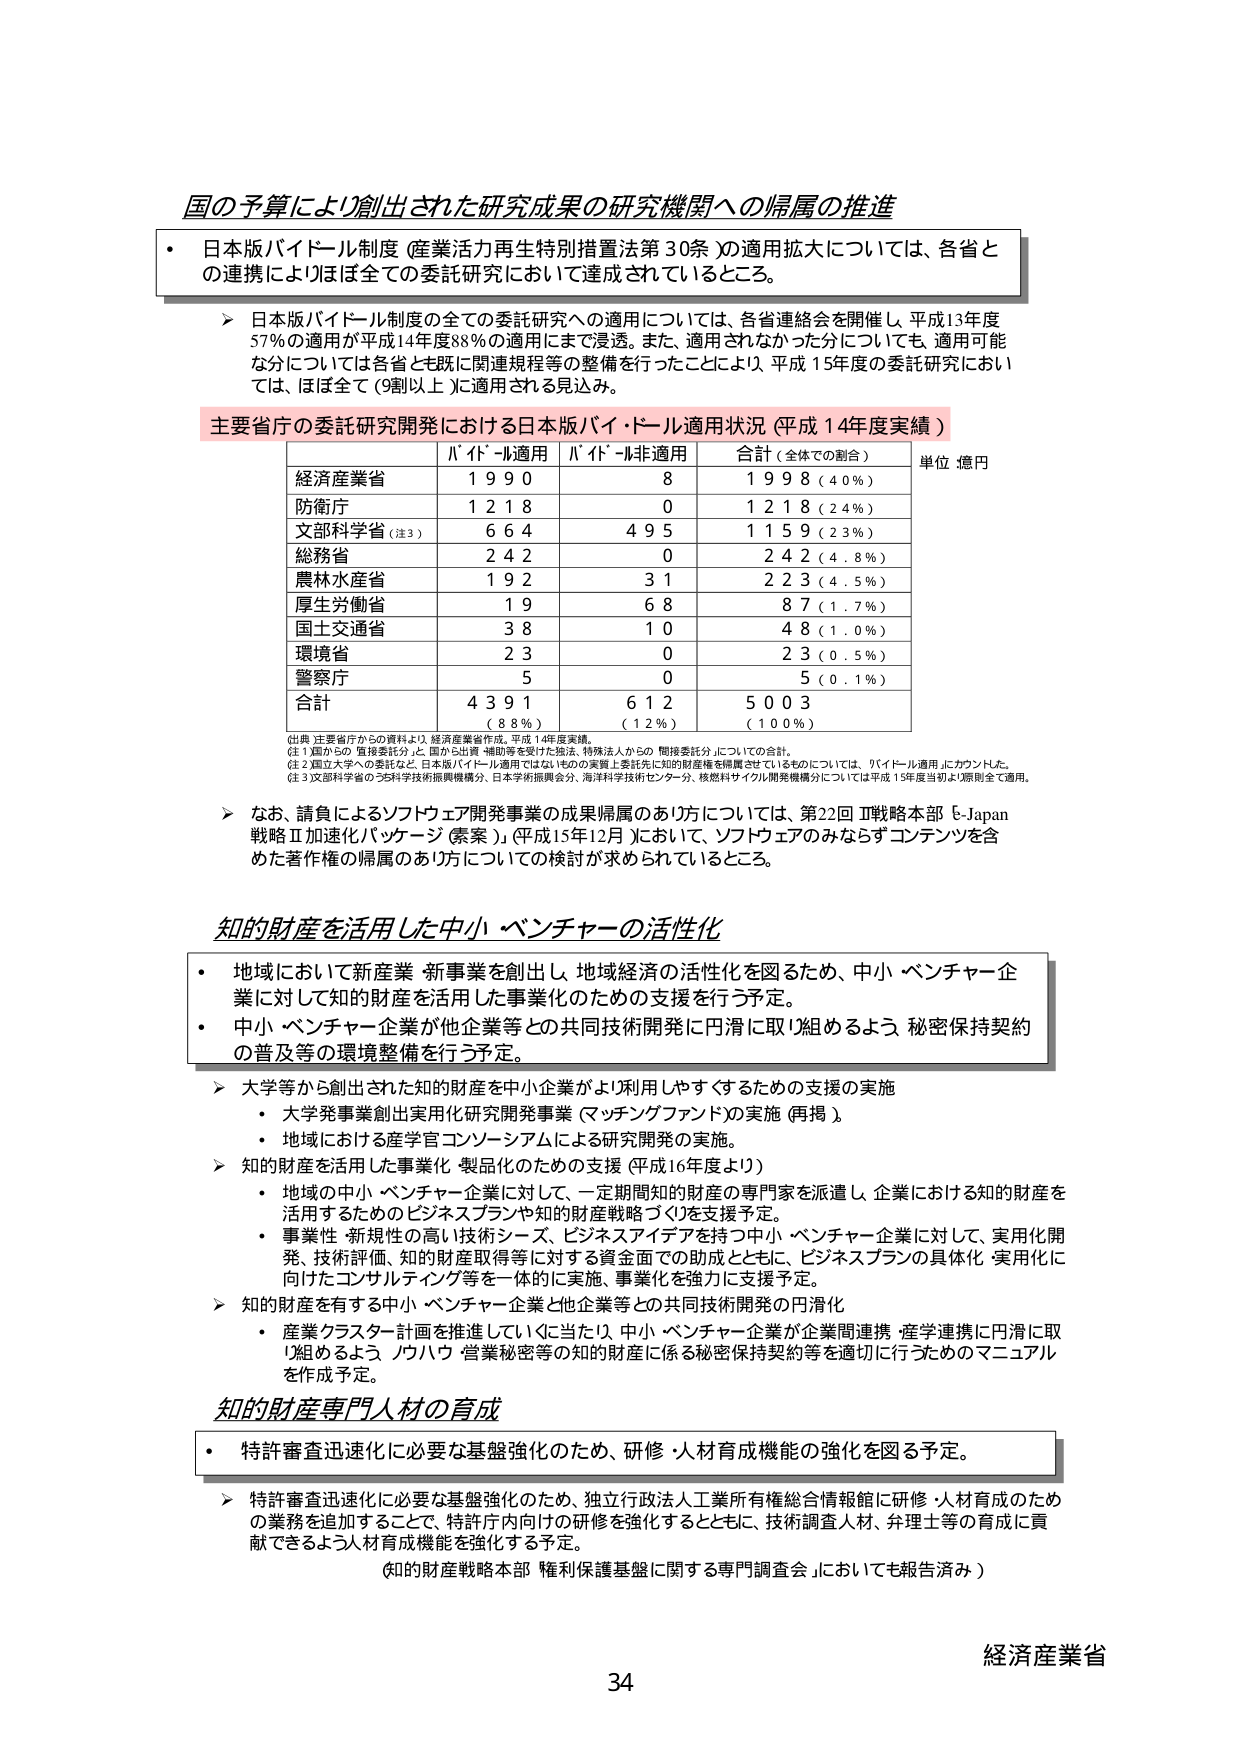
国の予算により創出された研究成果の研究機関への帰属の推進

・ 日本版バイドール制度（産業活力再生特別措置法第30条）の適用拡大については、各省との連携によりほぼ全ての委託研究において達成されているところ。

＞ 日本版バイドール制度の全ての委託研究への適用については、各省連絡会を開催し、平成13年度57％の適用が平成14年度88％の適用にまで浸透。また、適用されなかった分についても、適用可能な分については各省と既に関連規程等の整備を行ったことにより、平成15年度の委託研究においては、ほぼ全て（9割以上）に適用される見込み。

主要省庁の委託研究開発における日本版バイドール適用状況（平成14年度実績）

| | バイドール適用 | バイドール非適用 | 合計（全体での割合） | 単位：億円 |
|---|---|---|---|---|
| 経済産業省 | 1990 | 8 | 1998（4.0％） | |
| 防衛庁 | 1218 | 0 | 1218（2.4％） | |
| 文部科学省（注3） | 664 | 495 | 1159（2.3％） | |
| 総務省 | 242 | 0 | 242（4.8％） | |
| 農林水産省 | 192 | 31 | 223（4.5％） | |
| 厚生労働省 | 19 | 68 | 87（1.7％） | |
| 国土交通省 | 38 | 10 | 48（1.0％） | |
| 環境省 | 23 | 0 | 23（0.5％） | |
| 警察庁 | 5 | 0 | 5（0.1％） | |
| 合計 | 4391（88％） | 612（12％） | 5003（100％） | |

（出典）主要省庁からの資料より、経済産業省作成。平成14年度実績。

（注1）国からの「直接委託分」と、国から出資・補助等を受けた法人、特殊法人からの「間接委託分」についての合計。

（注2）国立大学への委託など、日本版バイドール適用ではないものの実質上委託先に知的財産権を帰属させているものについては、「バイドール適用」にカウントした。

（注3）文部科学省のうち科学技術振興機構分、日本学術振興会分、海洋科学技術センター分、核燃料サイクル開発機構分については平成15年度当初より原則全て適用。

＞ なお、請負によるソフトウェア開発事業の成果帰属のあり方については、第22回「戦略本部『e-Japan戦略Ⅱ加速化パッケージ（案）』」（平成15年12月）において、ソフトウェアのみならずコンテンツを含めた著作権の帰属のあり方についての検討が求められているところ。

知的財産を活用した中小・ベンチャーの活性化

・ 地域において新産業・新事業を創出し、地域経済の活性化を図るため、中小・ベンチャー企業に対して知的財産を活用した事業化のための支援を行う予定。

・ 中小・ベンチャー企業が他企業等との共同技術開発に円滑に取り組めるよう、秘密保持契約の普及等の環境整備を行う予定。

＞ 大学等から創出された知的財産を中小企業がより利用しやすくするための支援の実施
　・ 大学発事業創出実用化研究開発事業（マッチングファンド）の実施（再掲）
　・ 地域における産学官コンソーシアムによる研究開発の実施。

＞ 知的財産を活用した事業化・製品化のための支援（平成16年度より）
　・ 地域の中小・ベンチャー企業に対して、一定期間知的財産の専門家を派遣し、企業における知的財産を活用するためのビジネスプランや知的財産戦略づくりを支援予定。
　・ 事業性・新規性の高い技術シーズ、ビジネスアイデアを持つ中小・ベンチャー企業に対して、実用化開発、技術評価、知的財産取得等に対する資金面での助成とともに、ビジネスプランの具体化・実用化に向けたコンサルティング等を一体的に実施、事業化を強力に支援予定。

＞ 知的財産を有する中小・ベンチャー企業と他企業等との共同技術開発の円滑化
　・ 産業クラスター計画を推進していくに当たり、中小・ベンチャー企業が企業間連携・産学連携に円滑に取り組めるよう、ノウハウ・営業秘密等の知的財産に係る秘密保持契約等を適切に行うためのマニュアルを作成予定。

知的財産専門人材の育成

・ 特許審査迅速化に必要な基盤強化のため、研修・人材育成機能の強化を図る予定。

＞ 特許審査迅速化に必要な基盤強化のため、独立行政法人工業所有権総合情報館に研修・人材育成のための業務を追加することで、特許庁内向けの研修を強化するとともに、技術調査人材、弁理士等の育成に貢献できるよう人材育成機能を強化する予定。

（知的財産戦略本部「権利保護基盤に関する専門調査会」においても報告済み）

経済産業省
34